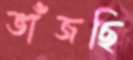
ভাঁজছি